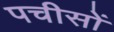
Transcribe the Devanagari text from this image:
पचीसों